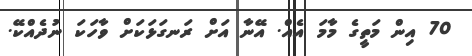
70 އިން މަތީގެ މާމަ އެއް. އޭނާ އަށް ރަނގަޅަކަށް ވާހަކަ ނުދެއްކޭ.